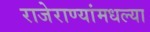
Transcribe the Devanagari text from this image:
राजेराण्यांमधल्या